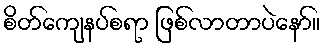
စိတ်ကျေနပ်စရာ ဖြစ်လာတာပဲနော်။